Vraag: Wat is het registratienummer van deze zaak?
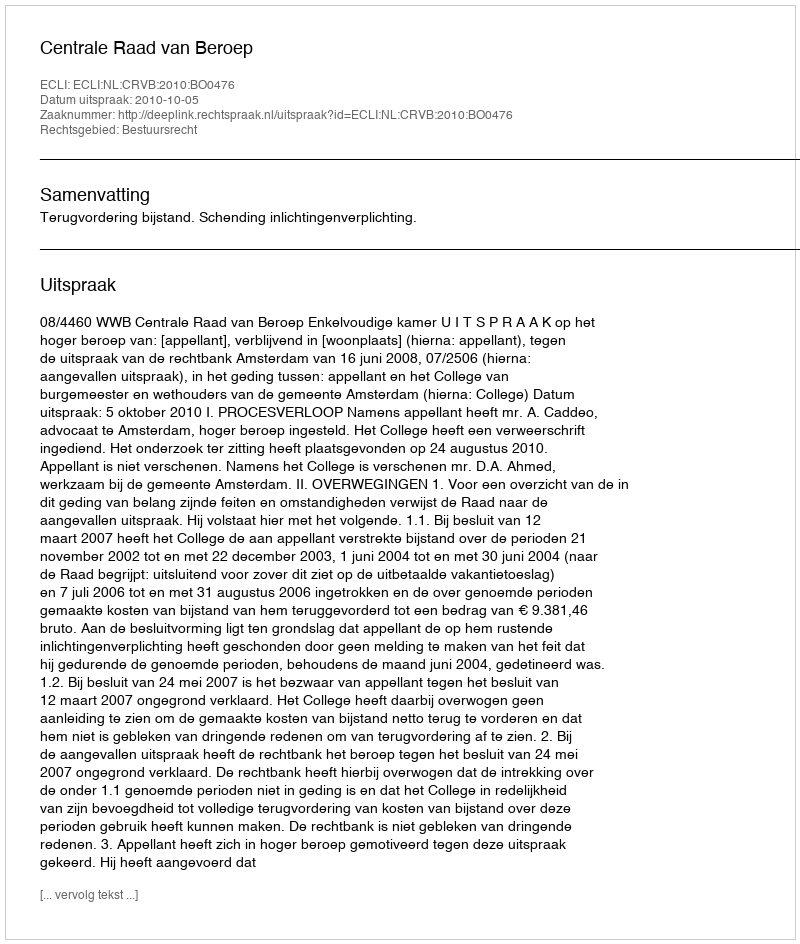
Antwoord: http://deeplink.rechtspraak.nl/uitspraak?id=ECLI:NL:CRVB:2010:BO0476